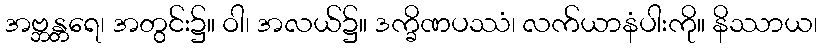
အဗ္ဘန္တရေ၊ အတွင်း၌။ ဝါ၊ အလယ်၌။ ဒက္ခိဏပဿံ၊ လက်ယာနံပါးကို။ နိဿာယ၊